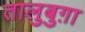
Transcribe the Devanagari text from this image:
तालुबुग़ा